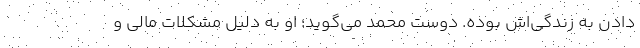
دادن به زندگی‌اش بوده. دوست محمد می‌گوید؛ او به دلیل مشکلات مالی و